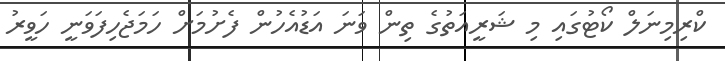
ކްރިމިނަލް ކޯޓުގައި މި ޝަރީއަތުގެ ތިން ވަނަ އަޑުއެހުން ފެށުމަށް ހަަމަޖެހިފަވަނީ ހަވީރު